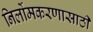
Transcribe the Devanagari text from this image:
निर्लोमकरणासाठी